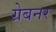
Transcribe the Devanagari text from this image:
ग्रेबनर